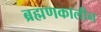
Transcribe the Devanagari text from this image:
ब्रह्मणकालीन